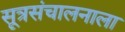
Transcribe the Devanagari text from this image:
सूत्रसंचालनाला